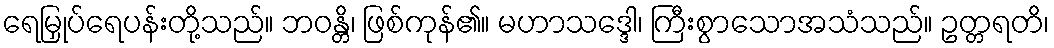
ရေမြှုပ်ရေပန်းတို့သည်။ ဘဝန္တိ၊ ဖြစ်ကုန်၏။ မဟာသဒ္ဒေါ၊ ကြီးစွာသောအသံသည်။ ဥတ္တရတိ၊